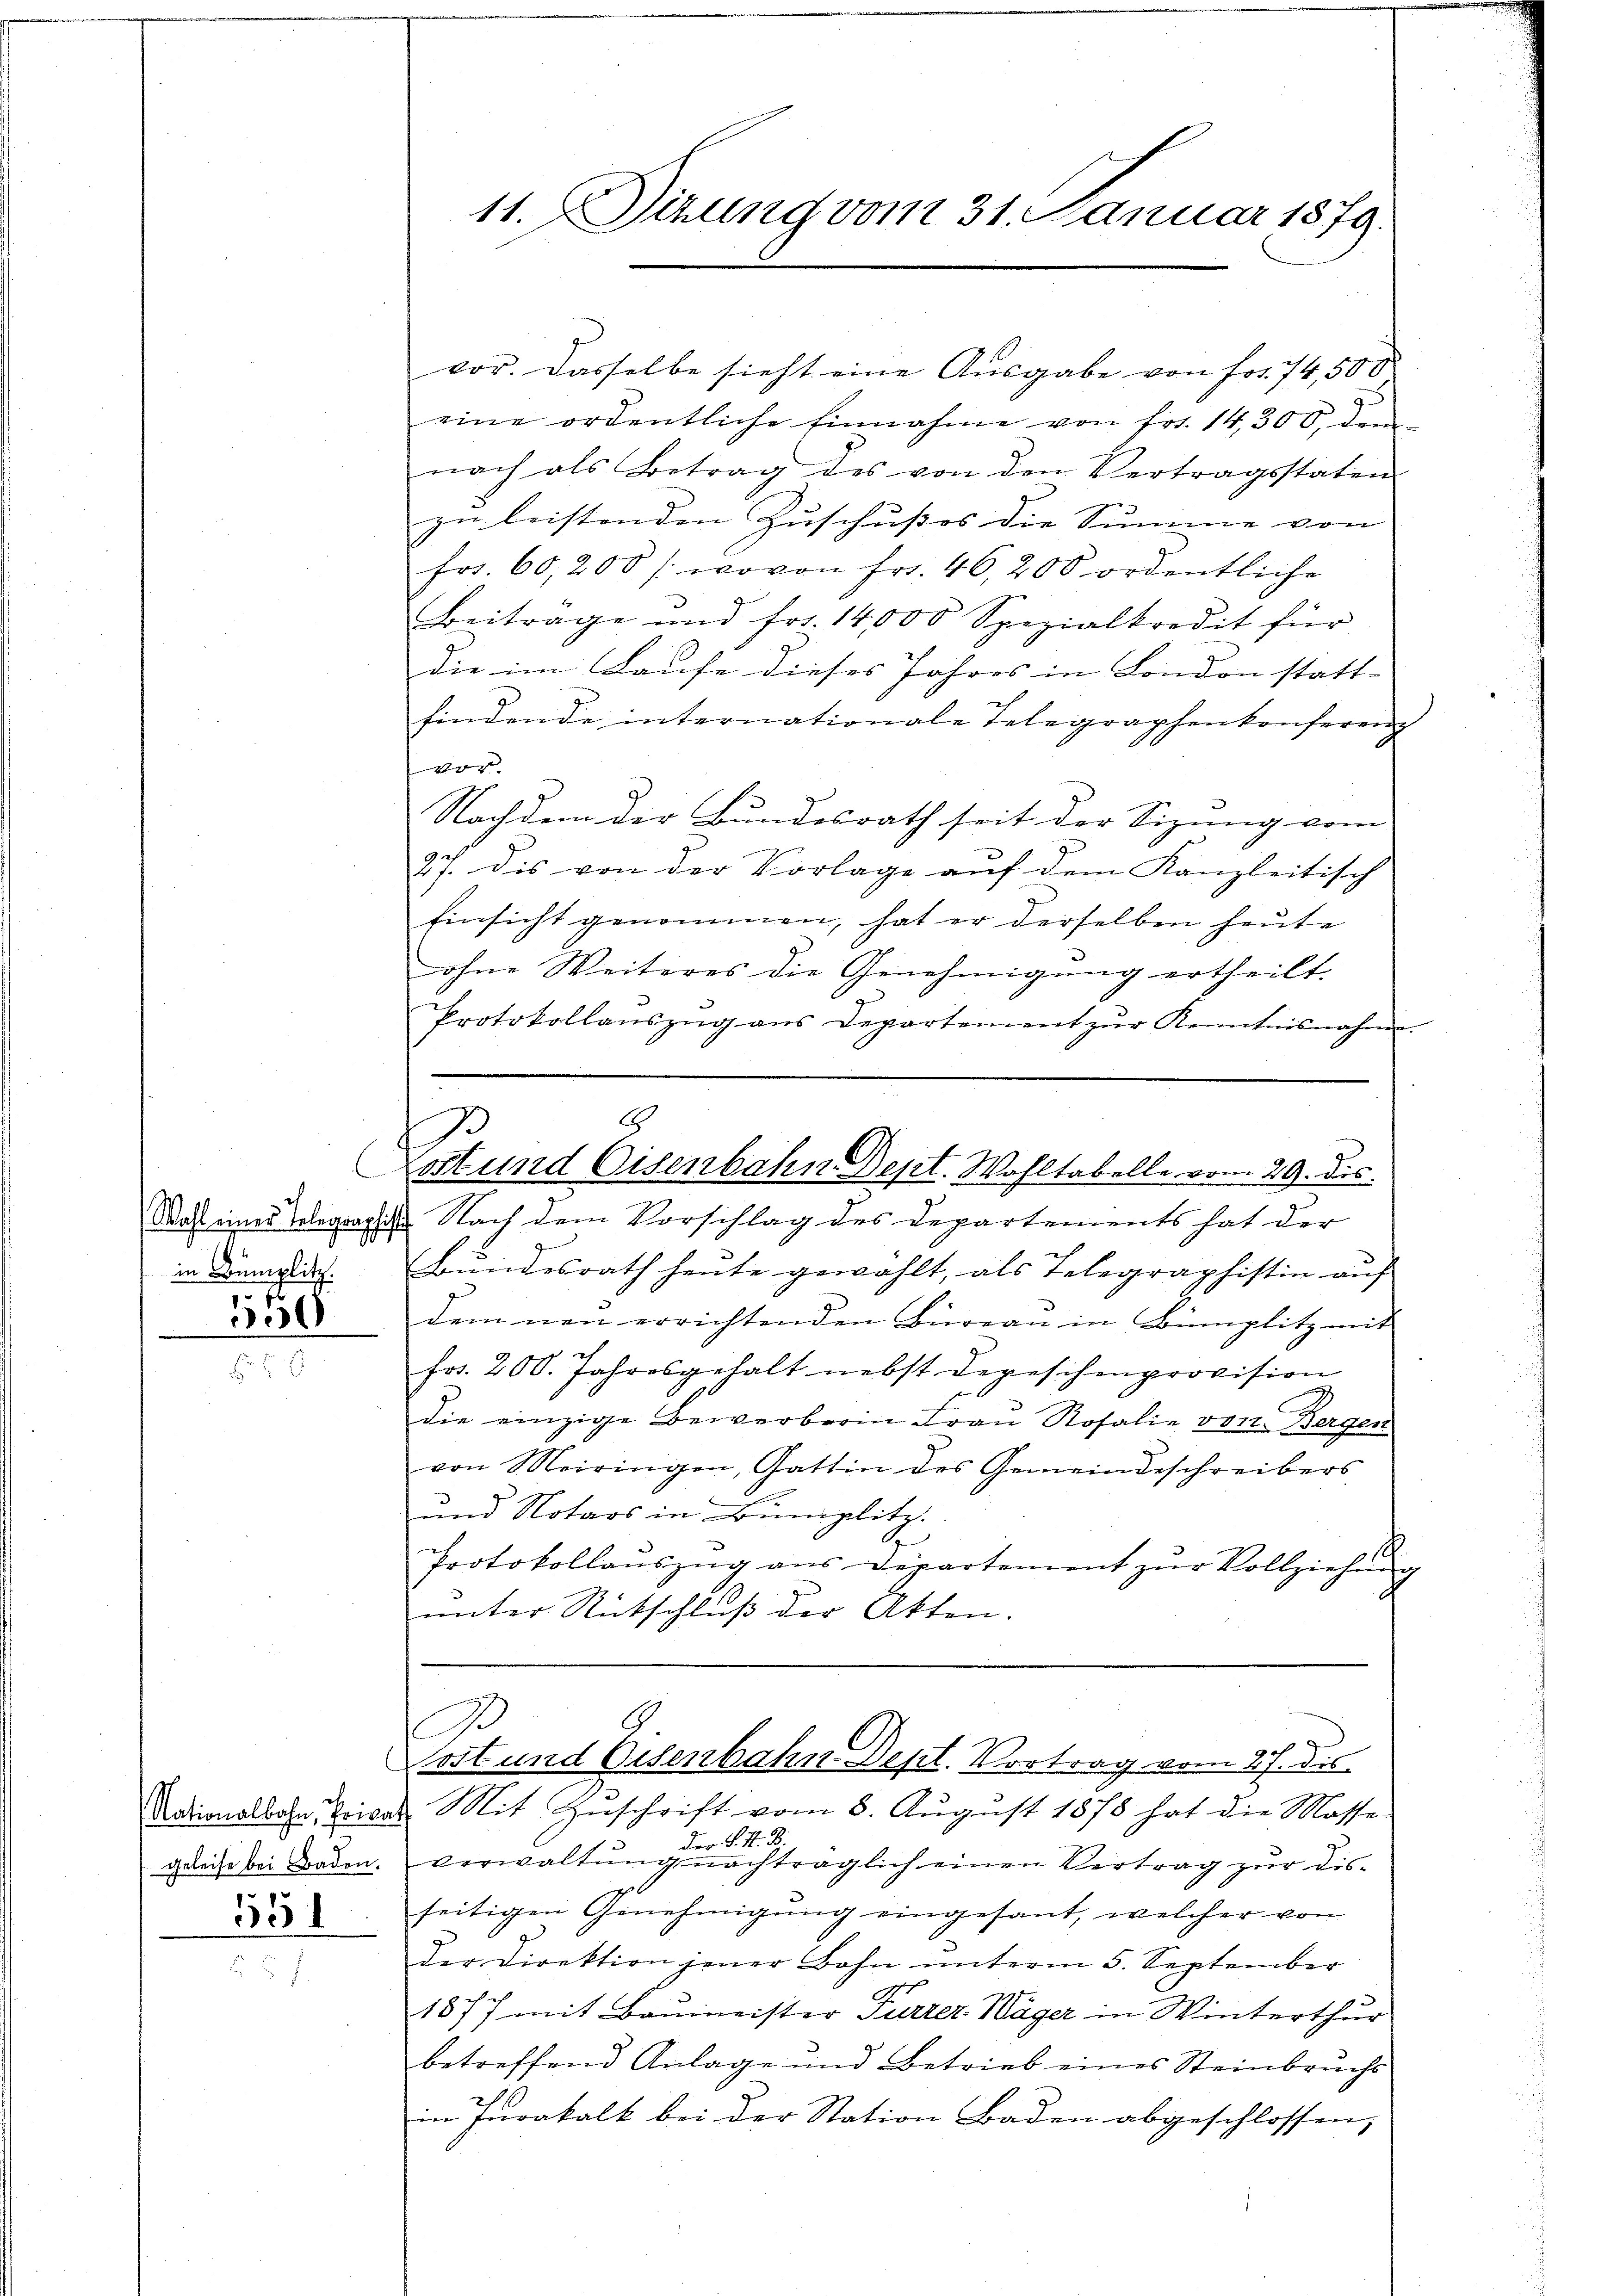
in Bumplitz.
150

551

vor. Dasselbe sieht eine Ausgabe von fr. 74,500
eine ordentliche Einnahme von Fr. 14,300, demnach als Betrag des von den Vertragsstaten
zu leistenden Zuschusses die Summe von
frs. 60,200 /: wovon Fr. 46, 200 ordentliche
Beitrage und frs. 14,000 Spezialkredit für
die im Laufe dieses Jahres in London statt-
findende internationale Telegraphenkonferenz
vor.
Nachdem der Bundesrath seit der Sizung vom
27. Die von der Vorlage auf dem Kanzleitisch
Einsicht genommen, hat er derselben heute
ohne Weiteres die Genehmigung ertheilt.
Protokollanszŭg ans Departement zŭr Kenntnisnahme.

11. Sizung vom 31. Januar 1879.

Rast eines Telegraphist. Nach dem Vorschlag des Departements hat der
Bundesrath heute gewählt, als Telegraphistin auf
dem neu errichtenden Büreau in Bümplitz mit
fr. 200. Jahresgehalt nebst Depeschenprovision
C
die einzige Bewerberin Frau Rosalie von Bergen
von Meiringen, Gattin des Gemeindeschreibers
und Notars in Bumplitz.
h
Protokollaŭszŭg ans Departement zŭr Vollziehung
unter Rutschluß der Akten.
2
i
gef
Post und Eisenbahn Dept. Vortrag vom 4. dis
Nationalbahn, Tricat. Mit Zuschrift vom 8. August 1878 hat die Masse.
.. H. B.
.
geleise bei Baden. Verwaltung nachträglich einen Vertrag zur Dis-
seitigen Genehmigŭng eingesant, welcher von
der Direktion jener Bahn unterm 5. September
1877 mit Baumeister Furrer Wäger in Winterthur
betreffend Anlage und Betrieb eines Steinbruchs
in Jurakalk bei der Station Baden abgeschlossen,

8
1
Lost und Eisenbahn Dept. Wahltabelle vom 29. dis